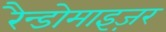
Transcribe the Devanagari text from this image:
रैन्डोमाइज़र